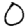
Digit: 0